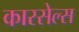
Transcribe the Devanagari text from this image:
कारसेल्स